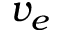
v _ { e }